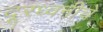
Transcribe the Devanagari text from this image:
दूरध्वनीचे